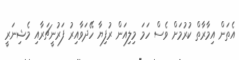
އެތަން އިމާރާތް ކުރުމަށް ވެސް ހަމަ މިލިއަން ރުފިޔާ ހޭދަވާއިރު ފަރުނީޗަރާއި މެޝިނަރީ